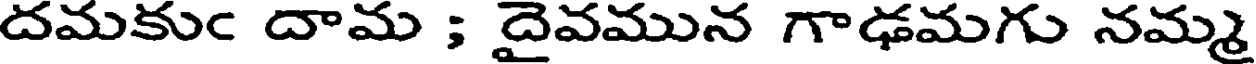
దమకుఁ దామ ; దైవమున గాఢమగు నమ్మ